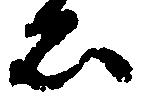
石